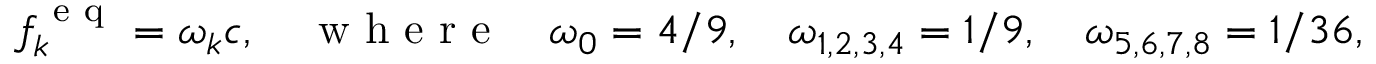
f _ { k } ^ { \mathrm { ~ e ~ q ~ } } = \omega _ { k } c , \quad \mathrm { ~ w ~ h ~ e ~ r ~ e ~ } \quad \omega _ { 0 } = 4 / 9 , \quad \omega _ { 1 , 2 , 3 , 4 } = 1 / 9 , \quad \omega _ { 5 , 6 , 7 , 8 } = 1 / 3 6 ,